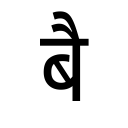
OCR:
बै